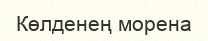
Көлденең морена